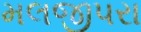
મલજીપરા